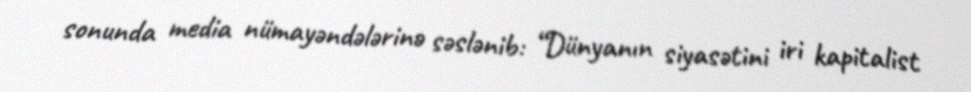
sonunda media nümayəndələrinə səslənib: “Dünyanın siyasətini iri kapitalist